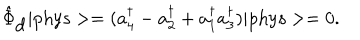
LaTeX: \hat { \Phi } _ { \mathrm { d } } \vert \mathrm { p h y s } > = ( a _ { 4 } ^ { \dagger } - a _ { 2 } ^ { \dagger } + a _ { 1 } ^ { \dagger } a _ { 3 } ^ { \dagger } ) \vert \mathrm { p h y s } > = 0 .